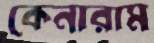
কেনারাম